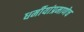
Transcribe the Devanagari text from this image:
धर्मीयांप्रमाणेच